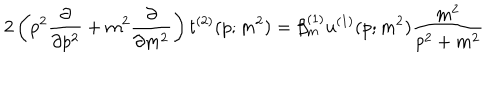
2 \left( p ^ { 2 } \frac { \partial } { \partial p ^ { 2 } } + m ^ { 2 } \frac { \partial } { \partial m ^ { 2 } } \right) t ^ { ( 2 ) } ( p ; m ^ { 2 } ) = \beta _ { m } ^ { ( 1 ) } u ^ { ( 1 ) } ( p ; m ^ { 2 } ) \frac { m ^ { 2 } } { p ^ { 2 } + m ^ { 2 } }